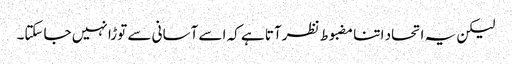
لیکن یہ اتحاد اتنا مضبوط نظرآتا ہے کہ اسے آسانی سے توڑا نہیں جاسکتا۔